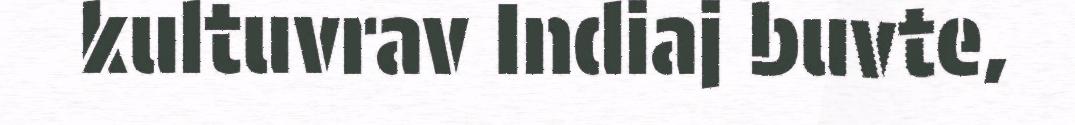
kultuvrav Indiaj buvte,